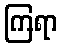
ကြရာ